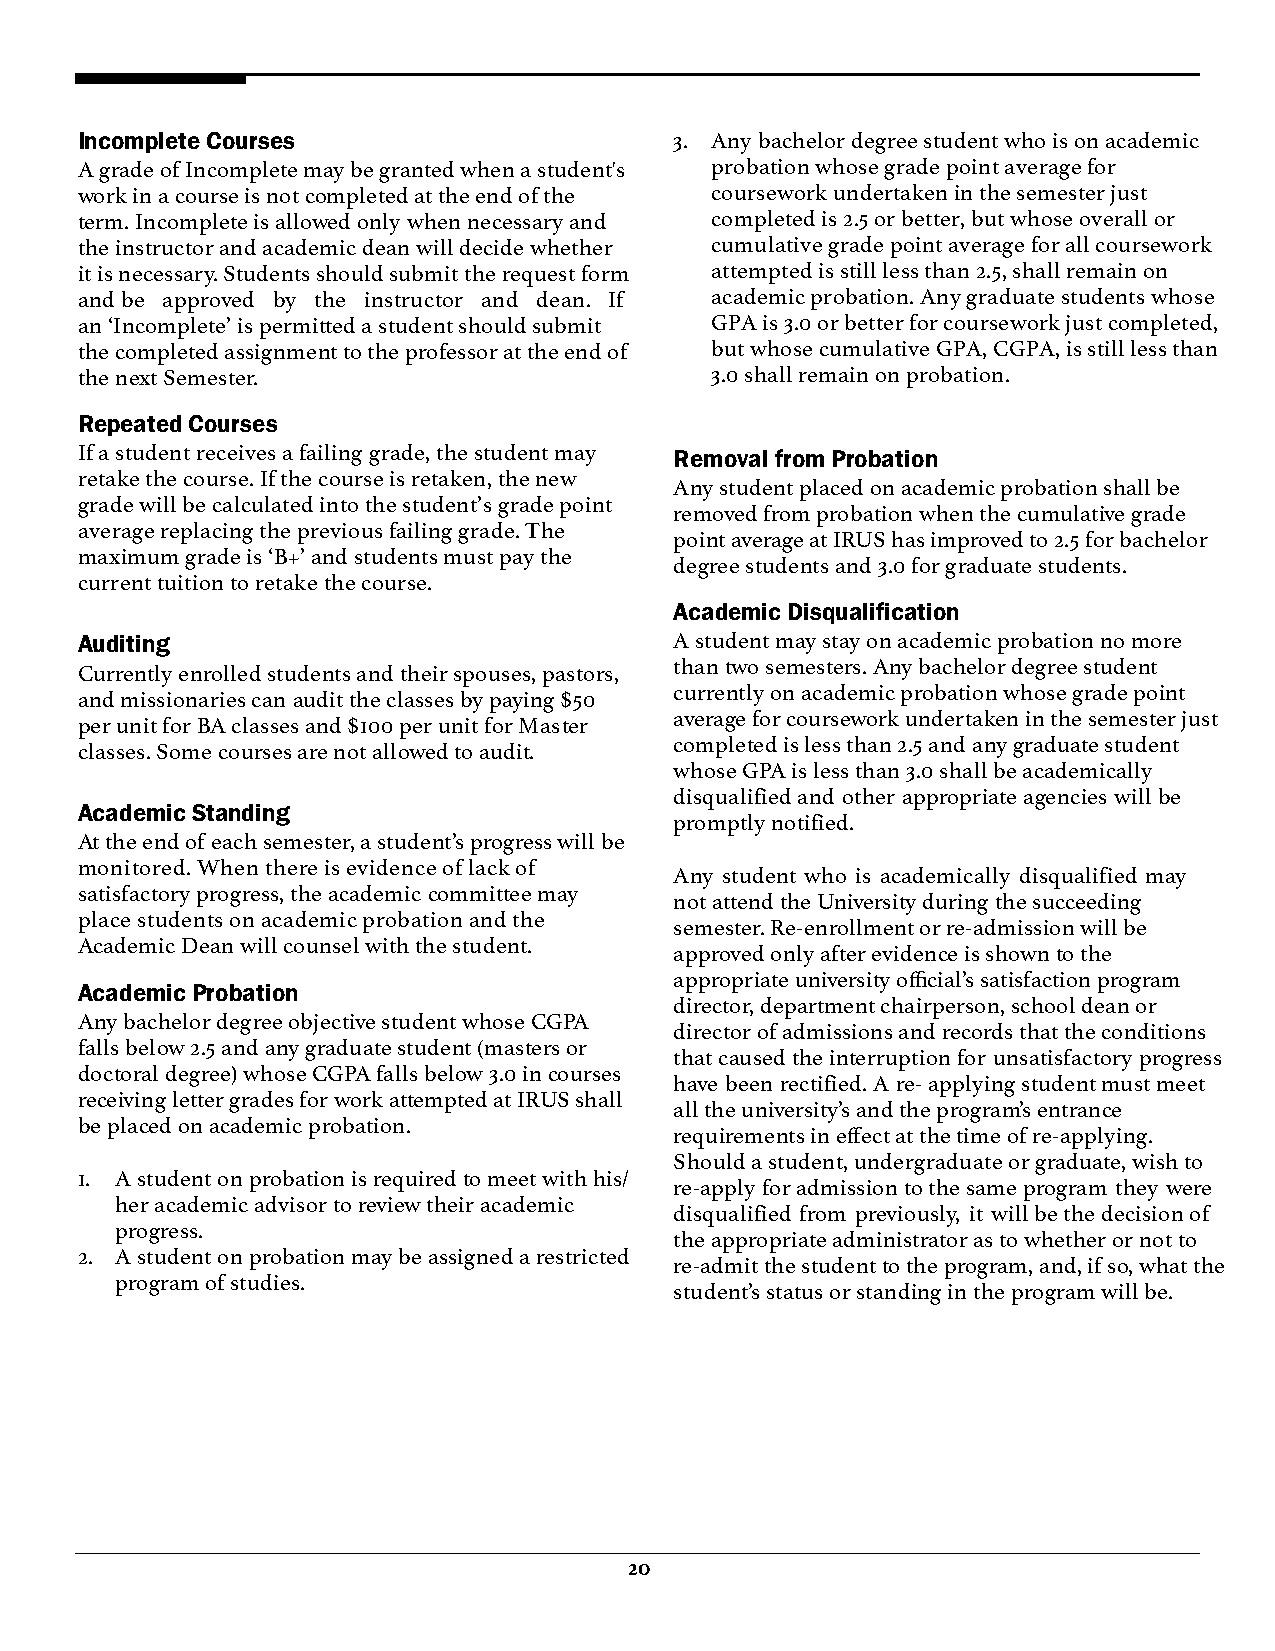
Incomplete Courses                      3. Any bachelor degree student who is on academic
 A grade of Incomplete may be granted when a student's probation whose grade point average for
 work in a course is not completed at the end of the coursework undertaken in the semester just
 term. Incomplete is allowed only when necessary and completed is 2.5 or better, but whose overall or
 the instructor and academic dean will decide whether cumulative grade point average for all coursework
 it is necessary. Students should submit the request form attempted is still less than 2.5, shall remain on
 and be approved by the instructor and dean. If academic probation. Any graduate students whose
 an ‘Incomplete’ is permitted a student should submit GPA is 3.0 or better for coursework just completed,
 the completed assignment to the professor at the end of but whose cumulative GPA, CGPA, is still less than
 the next Semester.                        3.0 shall remain on probation.
 Repeated Courses
 If a student receives a failing grade, the student may Removal from Probation
 retake the course. If the course is retaken, the new
 Any student placed on academic probation shall be
 grade will be calculated into the student’s grade point
 removed from probation when the cumulative grade
 average replacing the previous failing grade. The
 point average at IRUS has improved to 2.5 for bachelor
 maximum grade is ‘B+’ and students must pay the
 degree students and 3.0 for graduate students.
 current tuition to retake the course.
 Academic Disqualification
 Auditing                                A student may stay on academic probation no more
 than two semesters. Any bachelor degree student
 Currently enrolled students and their spouses, pastors,
 currently on academic probation whose grade point
 and missionaries can audit the classes by paying $50
 average for coursework undertaken in the semester just
 per unit for BA classes and $100 per unit for Master
 completed is less than 2.5 and any graduate student
 classes. Some courses are not allowed to audit.
 whose GPA is less than 3.0 shall be academically
 disqualified and other appropriate agencies will be
 Academic Standing
 promptly notified.
 At the end of each semester, a student’s progress will be
 monitored. When there is evidence of lack of
 Any student who is academically disqualified may
 satisfactory progress, the academic committee may
 not attend the University during the succeeding
 place students on academic probation and the
 semester. Re-enrollment or re-admission will be
 Academic Dean will counsel with the student.
 approved only after evidence is shown to the
 appropriate university official’s satisfaction program
 Academic Probation
 director, department chairperson, school dean or
 Any bachelor degree objective student whose CGPA
 director of admissions and records that the conditions
 falls below 2.5 and any graduate student (masters or
 that caused the interruption for unsatisfactory progress
 doctoral degree) whose CGPA falls below 3.0 in courses
 have been rectified. A re- applying student must meet
 receiving letter grades for work attempted at IRUS shall
 all the university’s and the program’s entrance
 be placed on academic probation.
 requirements in effect at the time of re-applying.
 Should a student, undergraduate or graduate, wish to
 1. A student on probation is required to meet with his/
 re-apply for admission to the same program they were
 her academic advisor to review their academic
 disqualified from previously, it will be the decision of
 progress.
 the appropriate administrator as to whether or not to
 2. A student on probation may be assigned a restricted
 re-admit the student to the program, and, if so, what the
 program of studies.
 student’s status or standing in the program will be.
 20